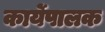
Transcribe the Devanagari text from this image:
कार्येपालक